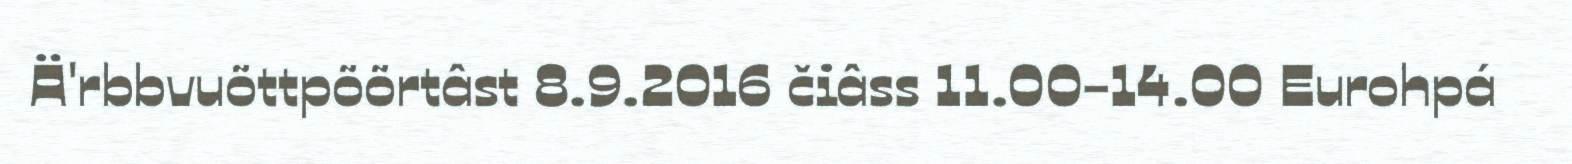
Ä'rbbvuõttpõõrtâst 8.9.2016 čiâss 11.00-14.00 Eurohpá